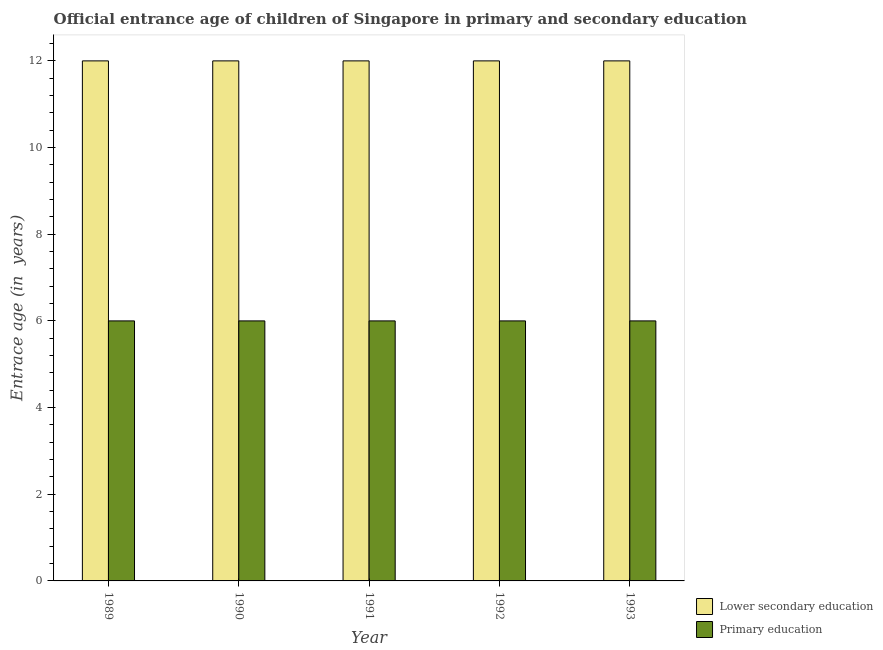
| Year | Lower secondary education | Primary education |
 | --- | --- | --- |
 | 1989 | 12 | 6 |
 | 1990 | 12 | 6 |
 | 1991 | 12 | 6 |
 | 1992 | 12 | 6 |
 | 1993 | 12 | 6 |